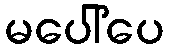
မပေါ်ပေ